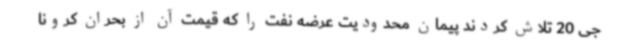
جی 20 تلاش کردند پیمان محدودیت عرضه نفت را که قیمت آن از بحران کرونا